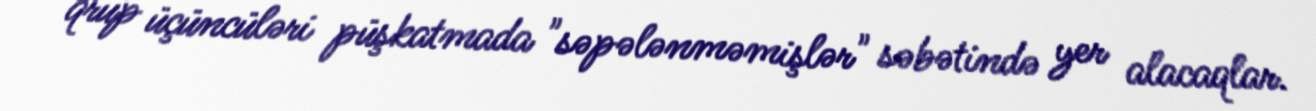
qrup üçüncüləri püşkatmada "səpələnməmişlər" səbətində yer alacaqlar.